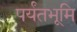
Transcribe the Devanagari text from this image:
पर्यंतभूमि